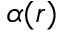
\alpha ( r )